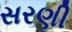
સરણી